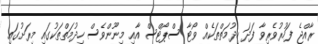
ރާއްޖެ ފަހުރުވެރިވާ ފަދަ ހިދުމަތްތަކެއް ވޯޓާ ސްޕޯޓްސް އާއި މިނޫންވެސް ހިދުމަތްތަކުގައި މިރަށުގައި